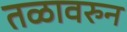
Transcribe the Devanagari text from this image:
तळावरुन